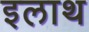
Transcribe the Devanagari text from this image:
इलाथ